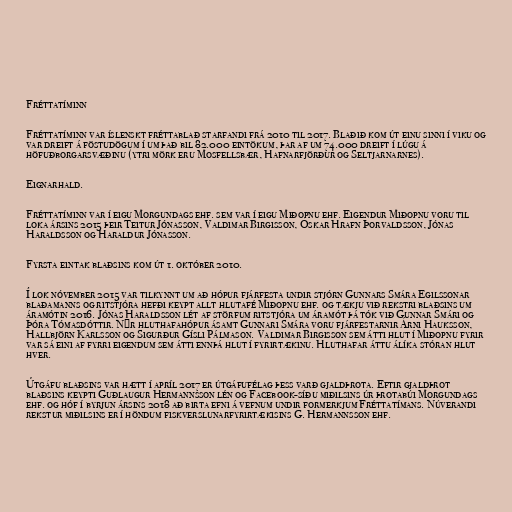
Fréttatíminn

Fréttatíminn var íslenskt fréttablað starfandi frá 2010 til 2017. Blaðið kom út einu sinni í viku og
var dreift á föstudögum í um það bil 82.000 eintökum, þar af um 74.000 dreift í lúgu á
höfuðborgarsvæðinu (ytri mörk eru Mosfellsbær, Hafnarfjörður og Seltjarnarnes).

Eignarhald.

Fréttatíminn var í eigu Morgundags ehf. sem var í eigu Miðopnu ehf. Eigendur Miðopnu voru til
loka ársins 2015 þeir Teitur Jónasson, Valdimar Birgisson, Óskar Hrafn Þorvaldsson, Jónas
Haraldsson og Haraldur Jónasson.

Fyrsta eintak blaðsins kom út 1. október 2010.

Í lok nóvember 2015 var tilkynnt um að hópur fjárfesta undir stjórn Gunnars Smára Egilssonar
blaðamanns og ritstjóra hefði keypt allt hlutafé Miðopnu ehf. og tækju við rekstri blaðsins um
áramótin 2016. Jónas Haraldsson lét af störfum ritstjóra um áramót þá tók við Gunnar Smári og
Þóra Tómasdóttir. Nýr hluthafahópur ásamt Gunnari Smára voru fjárfestarnir Árni Hauksson,
Hallbjörn Karlsson og Sigurður Gísli Pálmason. Valdimar Birgisson sem átti hlut í Miðopnu fyrir
var sá eini af fyrri eigendum sem átti ennþá hlut í fyrirtækinu. Hluthafar áttu álíka stóran hlut
hver.

Útgáfu blaðsins var hætt í apríl 2017 er útgáfufélag þess varð gjaldþrota. Eftir gjaldþrot
blaðsins keypti Guðlaugur Hermannsson lén og Facebook-síðu miðilsins úr þrotabúi Morgundags
ehf. og hóf í byrjun ársins 2018 að birta efni á vefnum undir formerkjum Fréttatímans. Núverandi
rekstur miðilsins er í höndum fiskverslunarfyrirtækisins G. Hermannsson ehf.